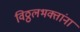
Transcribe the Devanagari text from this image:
विठ्ठलभक्तांना